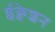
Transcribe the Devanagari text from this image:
ईक्वेशन